Annual report on the mental hospital in the Central Provinces and Berar (Nagpur) - 1927-1951
Year: 1927
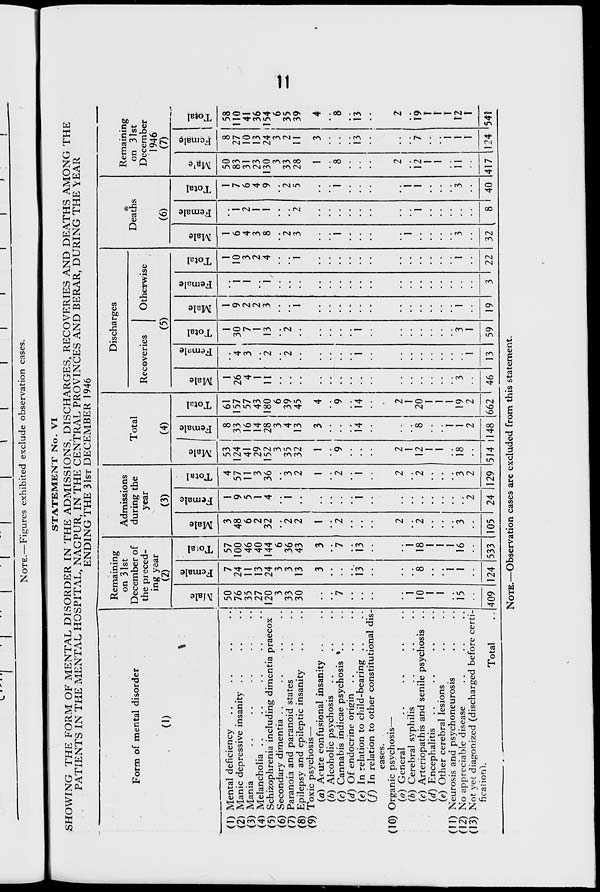
I
1
I
NOTE.—Figures exhibited exclude observation cases.
STATEMENT No. VI
SHOWING THE FORM OF MENTAL DISORDER IN THE ADMISSIONS, DISCHARGES, RECOVERIES AND DEATHS AMONG THE
PATIENTS IN THE MENTAL HOSPITAL, NAGPUR, IN THE CENTRAL PROVINCES AND BERAR, DURING THE \EAR
ENDING THE 31ST DECEMBER 1946
Form of mental disorder
(1)
Remaining
on 31st
December of
the preced-
ing year
(2)
(1) Mental deficiency
(2) Manic depressive insanity . .
(3) Mania
(4) Melancholia
(5) Schizophrenia including dimentia praecox
(6) Secondary dimentia
(7) Paranoia and paranoid states
(8) Epilepsy and epileptic insanity
(9) Toxic psychosis—
(a) Acute eonfusional insanity
(b) Alcoholic psychosis
(c) Cannabis indicae psychosis
(d) Of endocrine origin ..
(<?) In relation to child-bearing
(/) In relation to other constitutional dis
eases.
(10) Organic psychosis—
(a) General
(b) Cerebral syphilis
(c) Arteriopathis and senile psychosis
(d) Encephalitis
(e) Other cerebral lesions
(11) Neurosis and psychoneurosis
(12) No appreciable disease
(13) Not yet diagonized (discharged before certi
fixation 1 *.
Total
*z
50
76
35
27
120
3
33
30
s
CJ
fa
7
24
11
13
24
3
3
13
O
13
8
57
100
46
40
144
6
36
43
Admissions
during the
year
(3)
3
48
6
2
32
7
J3
1
18
1
1
1
16
2
2
0>
"o3
S
fa
1
9
5
1
4
a
O
4
57
11
3
36
Total
(4)
"3
B
V
fa
2
2
124 533 105
3
2
2
2
53
124
41
29
152
3
35
32
1
3
2
24 1129
12
1
1
is
8
33
16
14
28
3
4
13
o
14
8
1
1
2
61
157
57
43
180
6
39
45
4
Discharges
Recoveries
Otherwise
(5)
*o3
2
1
26
4
1
It
E
fa
4
3
03
*->
O
h
14
514 1148
2
1
20
1
1
1
19
2
662 46
13 I
1
30
7
1
13
1
9
2
2
3
03
g
fa
■*->
O
h
3
1
59
19
1
10
3
2
4
Deaths
(6)
1
6
4
3
8
S
fa
22
2
3
32
1
2
1
1
03
■*->
o
1
7
6
4
9
Remaining
on 31st
December
1946
(7)
"a.
8
2
5
40
50
83
31
23
130
3
33
28
1
8
12
I
1
ii
g
fa-
8
27
10
13
417
2
11
13
124
C3
■Hi-
O
h
58
110
41
36
24 i154
3
6
35
39
4
*8
\3
\9
T
t
1
12
T
541
NOTE.—Observation cases are excluded from this statement-